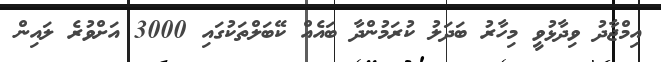
އިމްޖާދު ވިދާޅުވީ މިހާރު ބަދަލު ކުރަމުންދާ ބައެއް ކޭބަލްތަކުގައި 3000 އަށްވުރެ ލައިން